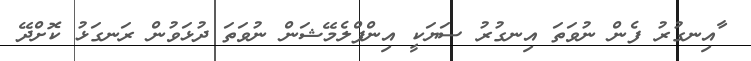
ާއިނގުރު ފެން ނުވަތަ އިނގުރު ސަޔަކީ އިންފްލެމޭޝަން ނުވަތަ ދުޅަވުން ރަނގަޅު ކޮށްދޭ